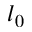
l _ { 0 }